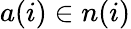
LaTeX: a(i)\in n(i)